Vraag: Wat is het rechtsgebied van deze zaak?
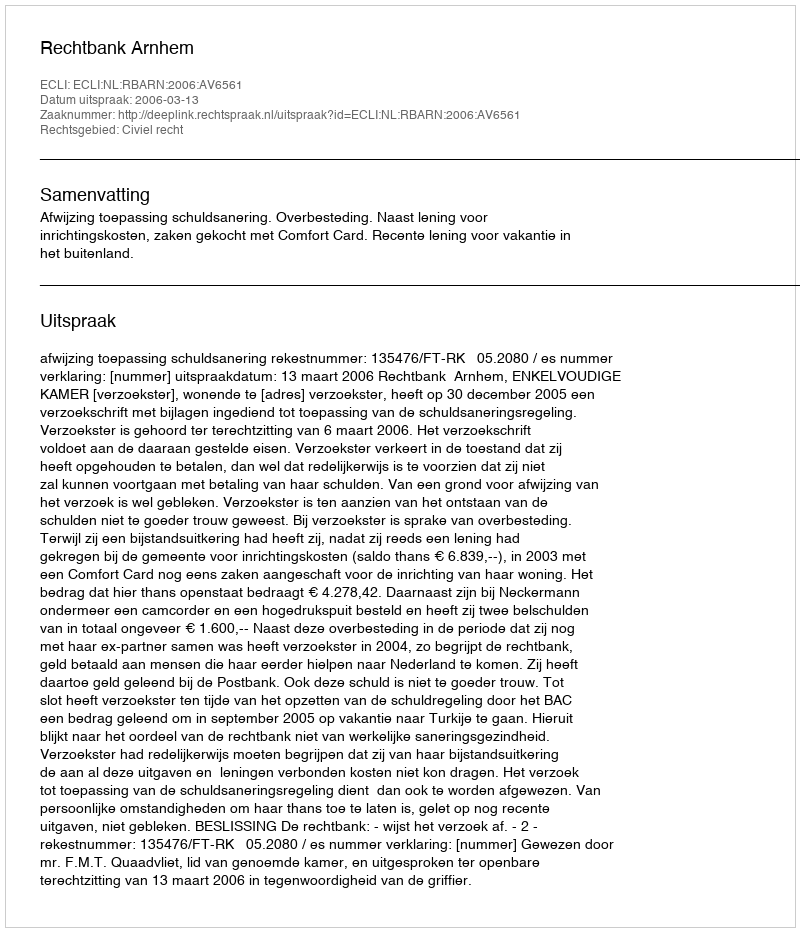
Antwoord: Civiel recht